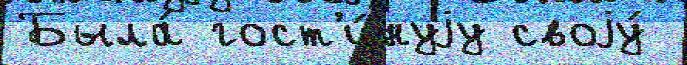
Была́ гост'и́нуjу своjу́